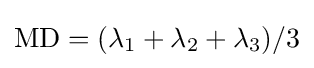
\mathrm {MD} =(\lambda _{1}+\lambda _{2}+\lambda _{3})/3